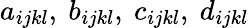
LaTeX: a_{ijkl},\ b_{ijkl},\ c_{ijkl},\ d_{ijkl}